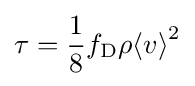
\tau ={\frac {1}{8}}f_{\text{D}}\rho {\langle v\rangle }^{2}